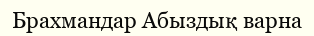
Брахмандар Абыздық варна